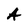
Character: A